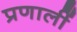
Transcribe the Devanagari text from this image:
प्रणालीं